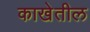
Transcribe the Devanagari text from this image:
काखेतील